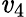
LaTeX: \mathit{v}_{4}